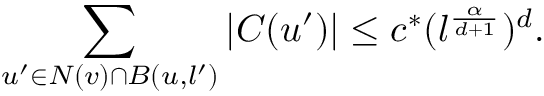
\sum _ { u ^ { \prime } \in N ( v ) \cap B ( u , l ^ { \prime } ) } | C ( u ^ { \prime } ) | \leq c ^ { * } ( l ^ { \frac { \alpha } { d + 1 } } ) ^ { d } .